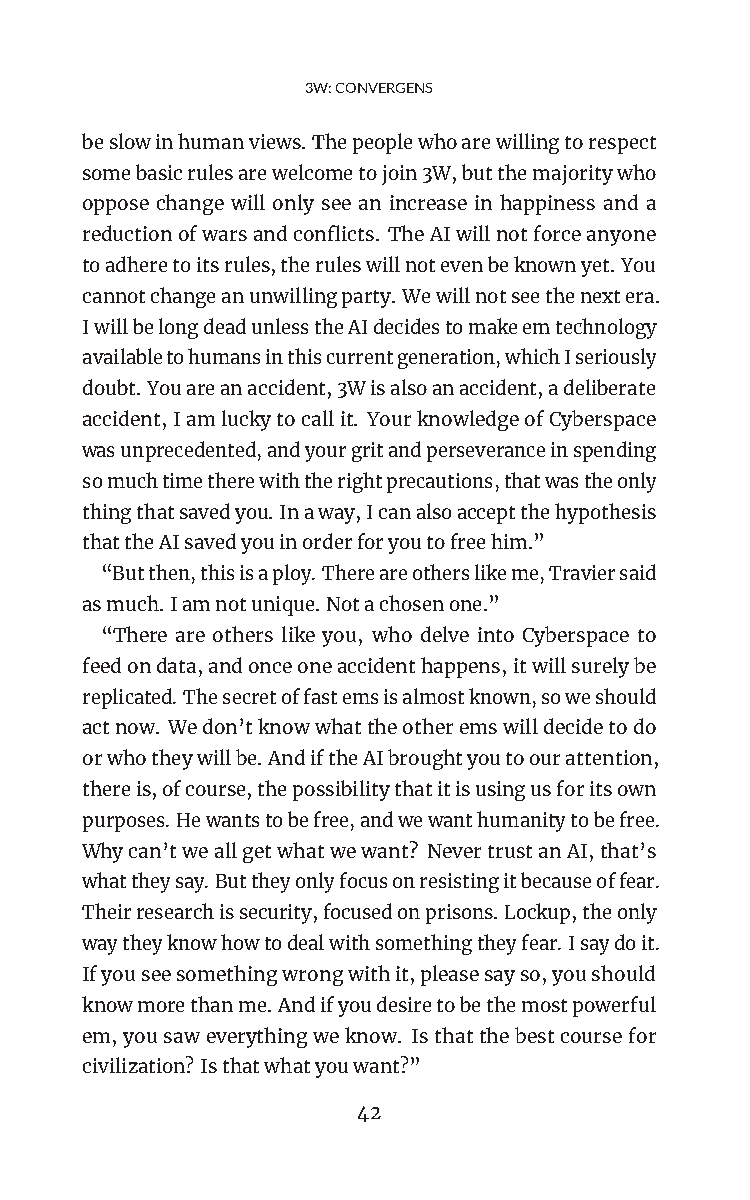
3W:CONVERGENS
 beslowinhumanviews.Thepeoplewhoarewillingtorespect
 somebasicrulesarewelcometojoin3W,butthemajoritywho
 oppose change will only see an increase in happiness and a
 reductionofwarsandconflicts. TheAIwillnotforceanyone
 toadheretoitsrules,theruleswillnotevenbeknownyet.You
 cannotchangeanunwillingparty.Wewillnotseethenextera.
 IwillbelongdeadunlesstheAIdecidestomakeemtechnology
 availabletohumansinthiscurrentgeneration,whichIseriously
 doubt.Youareanaccident,3Wisalsoanaccident,adeliberate
 accident,Iamluckytocallit. YourknowledgeofCyberspace
 wasunprecedented,andyourgritandperseveranceinspending
 somuchtimetherewiththerightprecautions,thatwastheonly
 thingthatsavedyou.Inaway,Icanalsoacceptthehypothesis
 thattheAIsavedyouinorderforyoutofreehim.”
 “Butthen,thisisaploy.Thereareotherslikeme,Traviersaid
 asmuch.Iamnotunique.Notachosenone.”
 “There are others like you, who delve into Cyberspace to
 feedondata,andonceoneaccidenthappens,itwillsurelybe
 replicated.Thesecretoffastemsisalmostknown,soweshould
 actnow. Wedon’tknowwhattheotheremswilldecidetodo
 orwhotheywillbe.AndiftheAIbroughtyoutoourattention,
 thereis,ofcourse,thepossibilitythatitisusingusforitsown
 purposes.Hewantstobefree,andwewanthumanitytobefree.
 Whycan’tweallgetwhatwewant? NevertrustanAI,that’s
 whattheysay.Buttheyonlyfocusonresistingitbecauseoffear.
 Theirresearchissecurity,focusedonprisons.Lockup,theonly
 waytheyknowhowtodealwithsomethingtheyfear.Isaydoit.
 Ifyouseesomethingwrongwithit,pleasesayso,youshould
 knowmorethanme.Andifyoudesiretobethemostpowerful
 em,yousaweverythingweknow. Isthatthebestcoursefor
 civilization?Isthatwhatyouwant?”
 42